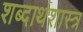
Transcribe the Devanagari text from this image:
शब्दार्थशास्त्र